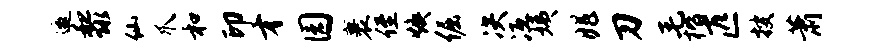
邀黎仙爪和印才园裹侄焕倔决冱姨兆刀毛楷匹搜萧